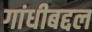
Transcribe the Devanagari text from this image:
गांधीबद्दल